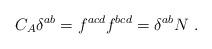
LaTeX: \begin{align*}C_A \delta^{ab} = f^{acd}f^{bcd}= \delta^{ab} N \ .\end{align*}